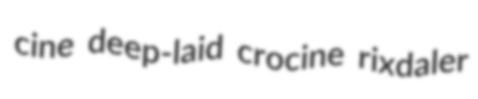
cine deep-laid crocine rixdaler